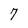
Character: 7